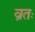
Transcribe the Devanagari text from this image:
व्रतः